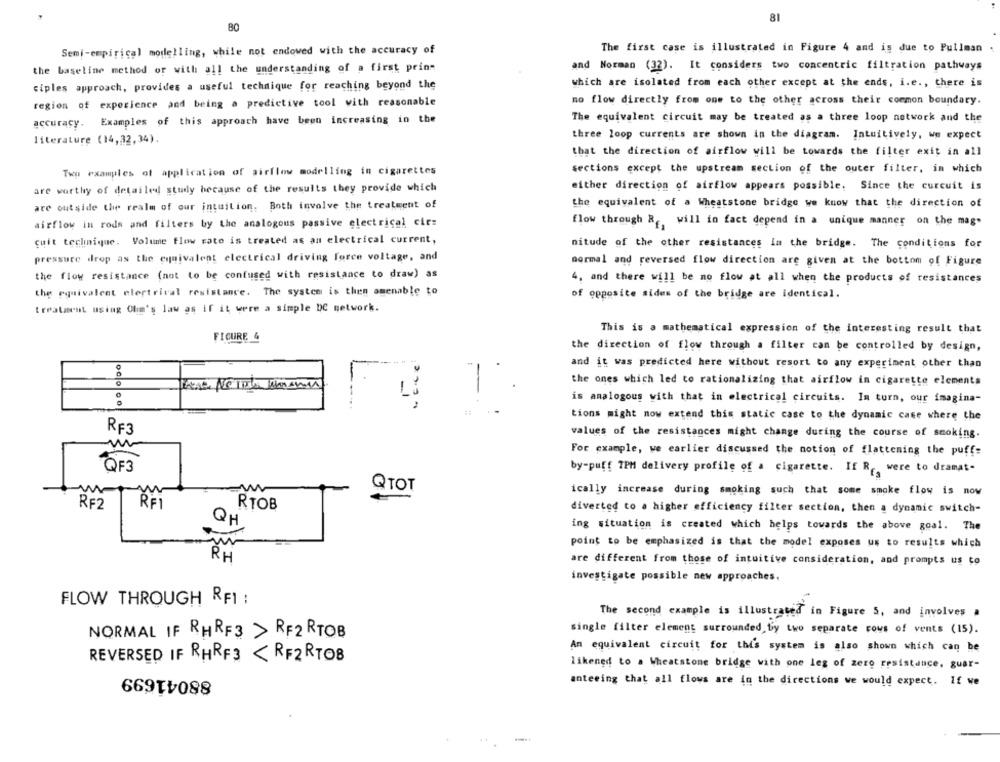
81
80
Semi-empirical modelling, while not endowed with the accuracy of
The first case is illustrated in Figure 4 and is due to Pullman
the baseline method or with all the understanding of a first prins
and Norman (32). It considers two concentric filtration pathways
ciples approach, provides a useful technique for reaching beyond the
which are isolated from each other except at the ends, i.e ., there is
no flow directly from one to the other across their common boundary.
region of experience and being a predictive tool with reasonable
accuracy. Examples of this approach have been increasing in the
The equivalent circuit may be treated as a three loop network and the
three loop currents are shown in the diagram. Intuitively, we expect
literature (14,32,34).
that the direction of airflow will be towards the filter exit in all
sections except the upstream section of the outer filter, in which
Two examples of application of airflow modelling in cigarettes
are worthy of detailed study because of the results they provide which
either direction of airflow appears possible. Since the curcuit is
are outside the realm of our intuition. Both involve the treatment of
the equivalent of a Wheatstone bridge we know that the direction of
flow through R ., will in fact depend in a unique manner on the mag.
airflow in rods and filters by the analogous passive electrical cie:
guit technique. Volume flow rate is treated as an electrical current,
nitude of the other resistances In the bridge. The conditions for
pressure drop as the equivalent electrical driving force voltage, and
normal and reversed flow direction are given at the bottom of Figure
the flow resistance (not to be confused with resistance to draw) as
4, and there will be no flow at all when the products of resistances
the equivalent electrical resistance. The system is then amenable to
of opposite sides of the bridge are identical.
treatment using Chim's law os if it were a simple DC network.
This is a mathematical expression of the interesting result that
FIGURE 4
the direction of flow through a filter can be controlled by design,
and it was predicted here without resort to any experiment other than
oCo
-
the ones which led to rationalizing that airflow in cigarette elements
Li
is analogous with that in electrical circuits. In turn, our imagina-
tions might now extend this static case to the dynamic case where the
RF3
values of the resistances might change during the course of smoking.
m
For example, we earlier discussed the notion of flattening the puff-
QF3
by-puff IPH delivery profile of a cigarette. If R, were to dramat-
QTOT
ically increase during smoking such that some smoke flow is now
RFI
RF2
RTOB
diverted to a higher efficiency filter section, then a dynamic switch-
QH
ing situation is created which helps towards the above goal. The
point to be emphasized is that the model exposes us to results which
RE
are different from those of intuitive consideration, and prompts us to
investigate possible new approaches.
FLOW THROUGH RFI :
The second example is illustrated in Figure 5, and involves a
single filter element surrounded by two separate rows of vents (15).
NORMAL IF RHRF3 > RF2 RTOB
An equivalent circuit for this system is also shown which can be
REVERSED IF RHRF3 <RF2 RTOB
88041699
likened to a Wheatstone bridge with one leg of zero resistance, guar-
anteeing that all flows are in the directions we would expect. If we